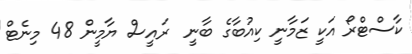
ކާސްޓްރޯ އަކީ ޒަމާނީ ކިއުބާގެ ބާނީ  ރައީސް ޔާމީން 48 މިނެޓް